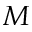
\boldsymbol { M }